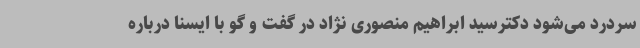
سردرد می‌شود دکترسید ابراهیم منصوری نژاد در گفت و گو با ایسنا درباره